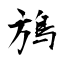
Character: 鴋